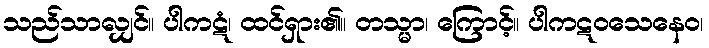
သည်သာလျှင်။ ပါကဋံ၊ ထင်ရှား၏။ တသ္မာ၊ ကြောင့်။ ပါကဋဝသေနေဝ၊